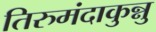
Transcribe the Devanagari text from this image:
तिरुमंदाकुन्नु